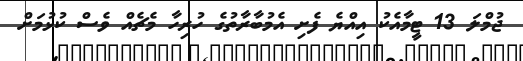
ޖުމްލަ 13 ޓީމާއެކު އިއްޔެ ފެށި އެމުބާރާތުގެ ހުރިހާ މެޗެއް ވެސް ކުޅުމަށް